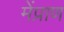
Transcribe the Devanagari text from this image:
मेंप्राण